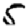
Digit: 5